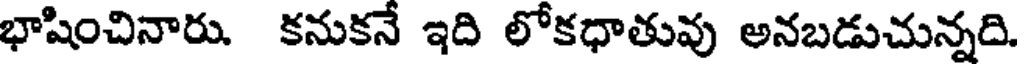
భాషించినారు. కనుకనే ఇది లోకధాతువు అనబడుచున్నది.